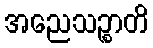
အညေသဉ္စာတိ